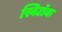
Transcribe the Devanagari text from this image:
स्विटॉक